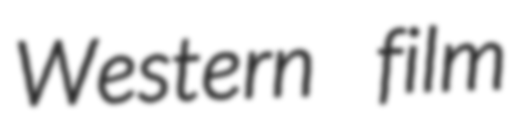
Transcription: Western film